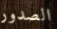
الصدور